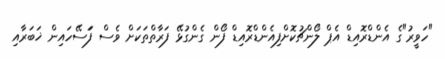
"ހަވީރު"ގެ އެންޑްރޮއިޑް އެޕް ލޯންޗުކޮށްފިއެންޑްރޮއިޑް ފޯން ގެންގުޅޭ ފަރާތްތަކަށް ވެސް ފަަސޭހައިން ޚަބަރާއި